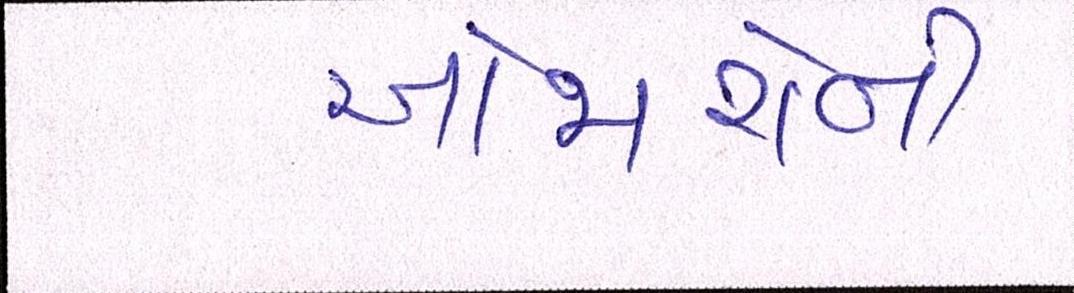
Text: ઓજારોની